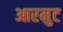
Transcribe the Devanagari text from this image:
आरमुट